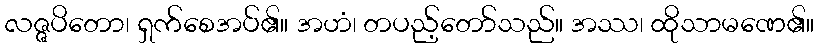
လဇ္ဇပိတော၊ ရှက်စေအပ်၏။ အဟံ၊ တပည့်တော်သည်။ အဿ၊ ထိုသာမဏေ၏။